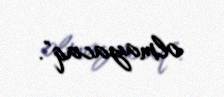
olmayacaq".